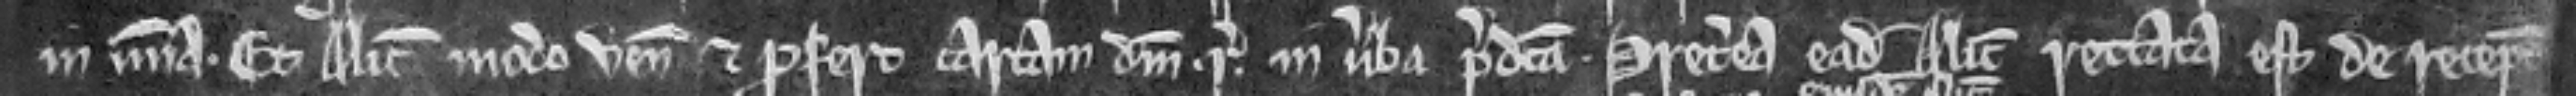
in misericordia. Et Alicia modo venit et profert cartam domini regis in verba predicta. Preterea eadem Alicia rettata est de receptamento